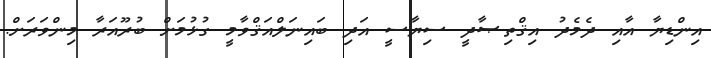
އިންޑިޔާ އާއި ދެމެދު އިޤްތިޞާދީ ސިޔާސީ އަދި ބައިނަލްއަޤްވާމީ ގުޅުމަށް ބުރޫއަރާ މިންވަރަށް.